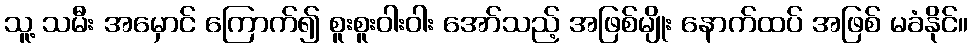
သူ့ သမီး အမှောင် ကြောက်၍ စူးစူးဝါးဝါး အော်သည့် အဖြစ်မျိုး နောက်ထပ် အဖြစ် မခံနိုင်။